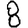
Digit: 8